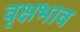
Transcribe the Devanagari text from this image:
वृक्षभाव